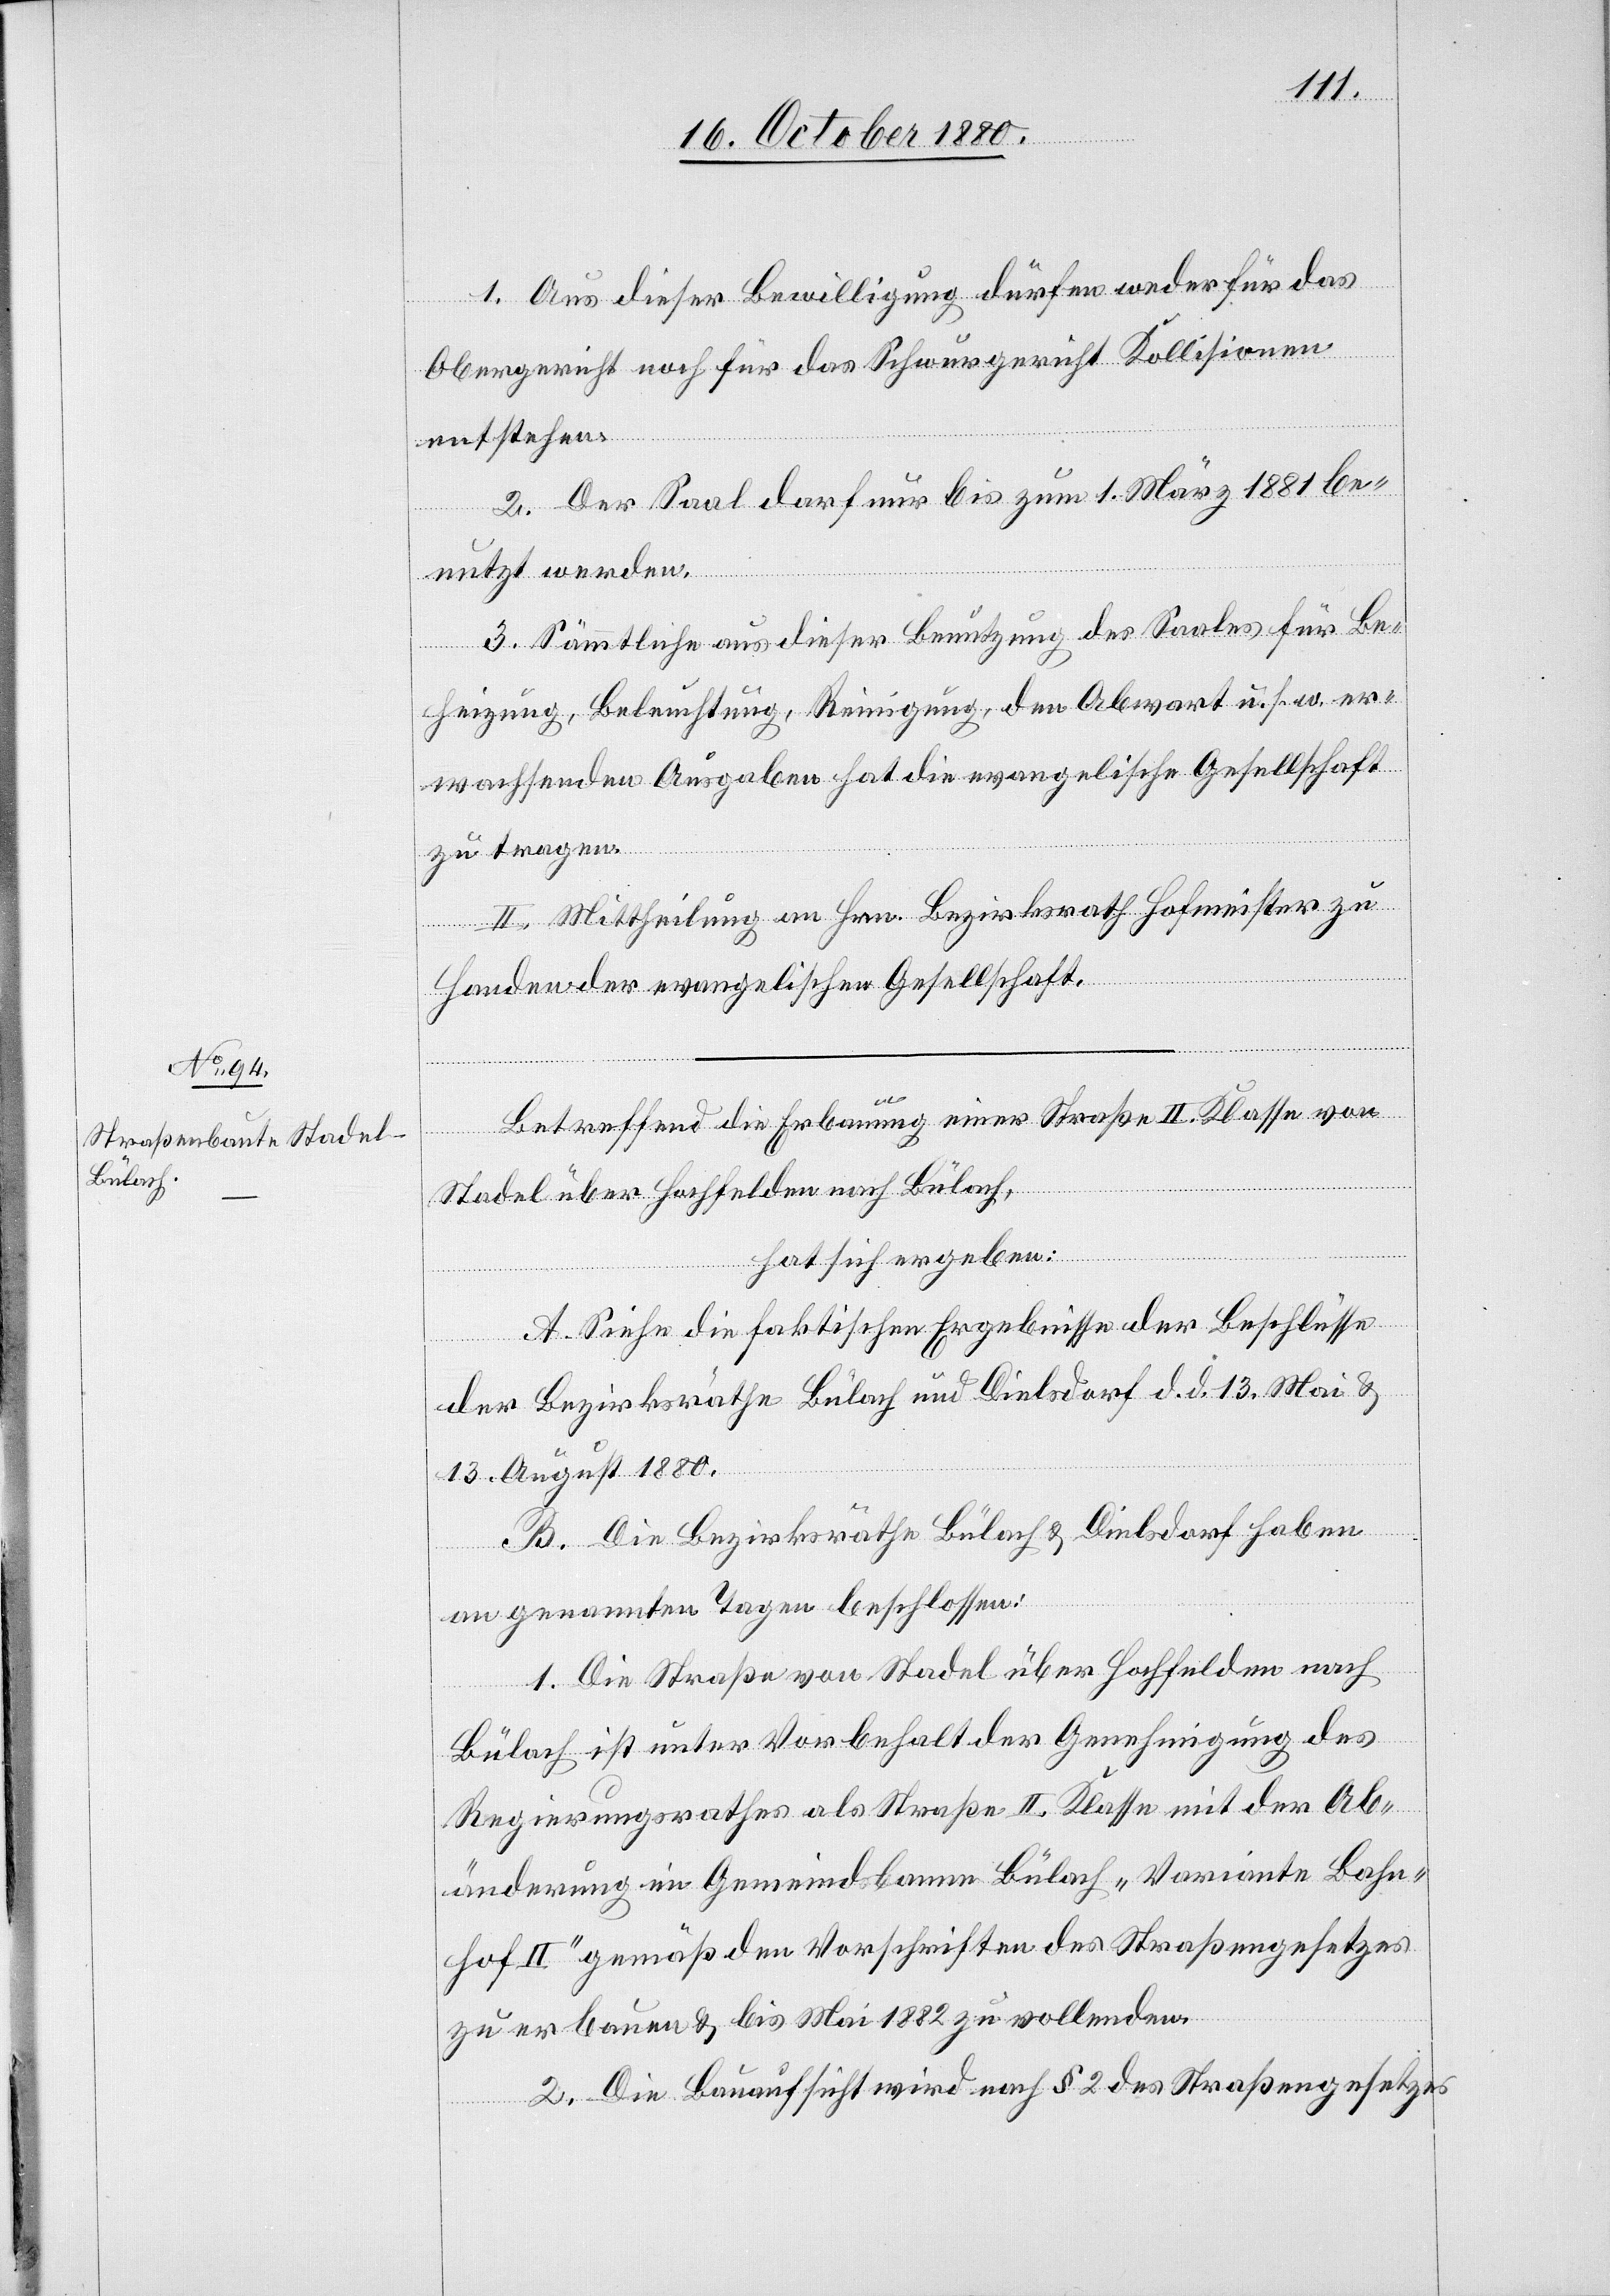
1. Aus dieser Bewilligung dürfen weder für das
Obergericht noch für das Schwurgericht Kollisionen
entstehen.
2. Der Saal darf nur bis zum 1. März 1881 be¬
nutzt werden.
3. Sämmtliche aus dieser Benutzung des Saales für Be¬
heizung, Beleuchtung, Reinigung, den Abwart u. s. w. er¬
wachsenden Ausgaben hat die evangelische Gesellschaft
zu tragen.
II. Mittheilung an Hrn. Bezirksrath Hofmeister zu
Handen der evangelischen Gesellschaft.
Betreffend die Erbauung einer Straße II. Klasse von
Stadel über Hochfelden nach Bülach,
hat sich ergeben:
A. Siehe die faktischen Ergebnisse der Beschlüsse
der Bezirksräthe Bülach und Dielsdorf d. d. 13. Mai &
13. August 1880.
B. Die Bezirksräthe Bülach & Dielsdorf haben
an genannten Tagen beschlossen:
1. Die Straße von Stadel über Hochfelden nach
Bülach ist unter Vorbehalt der Genehmigung des
Regierungsrathes als Straße II. Klasse mit der Ab¬
änderung im Gemeindsbanne Bülach „Variante Bahn¬
hof II“ gemäß den Vorschriften des Straßengesetzes
zu erbauen & bis Mai 1882 zu vollenden.
2. Die Bauaufsicht wird nach § 2 des Straßengesetzes